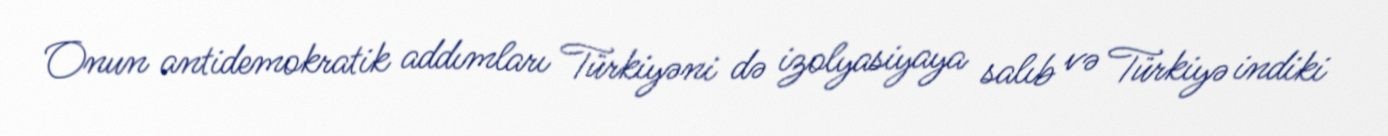
Onun antidemokratik addımları Türkiyəni də izolyasiyaya salıb və Türkiyə indiki